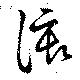
該